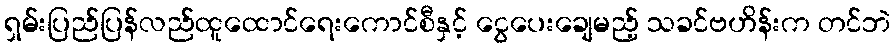
ရှမ်းပြည်ပြန်လည်ထူထောင်ရေးကောင်စီနှင့် ငွေပေးချေမည့် သခင်ဗဟိန်းက တင်ဘဲ